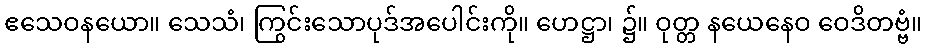
ဧသေဝနယော။ သေသံ၊ ကြွင်းသောပုဒ်အပေါင်းကို။ ဟေဋ္ဌာ၊ ၌။ ဝုတ္တ နယေနေဝ ဝေဒိတဗ္ဗံ။